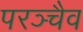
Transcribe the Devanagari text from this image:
परञ्चैव